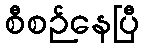
စီစဉ်နေပြီ